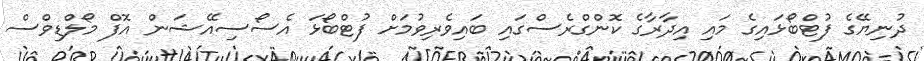
ދުނިޔޭގެ ފުޓްބޯޅައިގެ މައި އިދާރާގެ ކޮންގްރެސްގައި ބައިވެރިވުމަށް ފުޓްބޯޅަ އެސޯސިއޭޝަން އޮފް މޯލްޑިވްސް